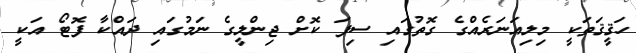
ހަޤީޤަތަކީ މިލިއަނަރެއްގެ ގޮތުގައި ސިފަ ކޮށް ޖިންލީގެ ނަމުގައި ދައްކާ ފޮޓޯ އަކީ